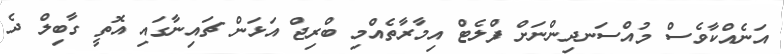
އަނެއްކާވެސް މުއްސަނދިންނަށް ފްލެޓް އިމާރާތެއްމި ބްރިޖް އަޅަން ޗައިނާގައި އޮތީ ގާބިލް ދެ